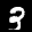
Label: 3